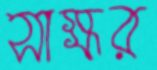
সাক্ষর